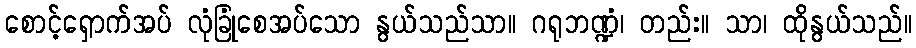
စောင့်ရှောက်အပ် လုံခြုံစေအပ်သော နွယ်သည်သာ။ ဂရုဘဏ္ဍံ၊ တည်း။ သာ၊ ထိုနွယ်သည်။